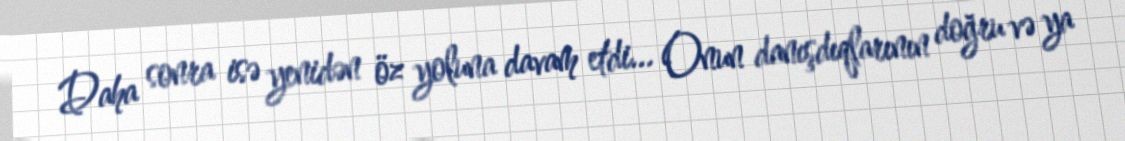
Daha sonra isə yenidən öz yoluna davam etdi… Onun danışdıqlarının doğru və ya